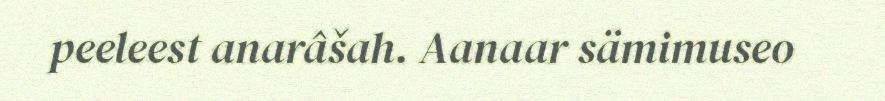
peeleest anarâšah. Aanaar sämimuseo